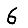
Digit: 6